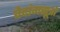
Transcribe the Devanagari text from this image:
वेदांगसूत्रों